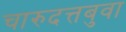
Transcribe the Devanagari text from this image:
चारुदत्तबुवा